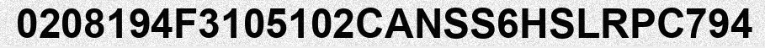
0208194F3105102CANSS6HSLRPC794